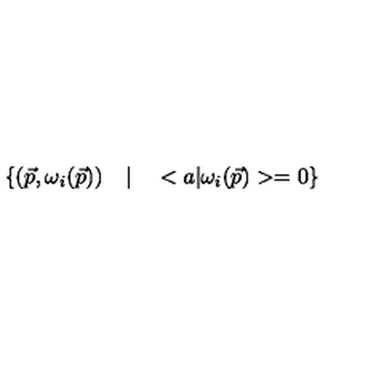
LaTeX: \left\{ ( \vec { p } , \omega _ { i } ( \vec { p } ) ) \quad | \quad < a | \omega _ { i } ( \vec { p } ) > = 0 \right\}